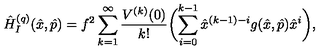
\hat { H } _ { I } ^ { ( q ) } ( \hat { x } , \hat { p } ) = f ^ { 2 } \sum _ { k = 1 } ^ { \infty } \frac { V ^ { ( k ) } ( 0 ) } { k ! } \biggl ( \sum _ { i = 0 } ^ { k - 1 } \hat { x } ^ { ( k - 1 ) - i } g ( \hat { x } , \hat { p } ) \hat { x } ^ { i } \biggr ) ,